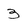
Character: 3